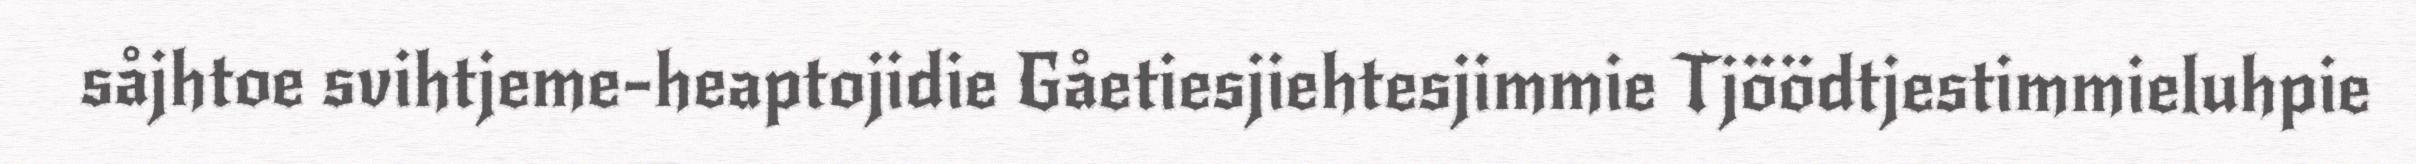
såjhtoe svihtjeme-heaptojidie Gåetiesjiehtesjimmie Tjöödtjestimmieluhpie